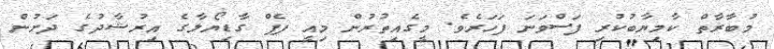
މުބާރާތް ކާމިޔާބުކުރި ފަސްވަނަ ފަހަރެވެ. މީގެއިތުރުން މިއީ ޕެޕް ގާޑިޔޯލާގެ އިރުޝާދުގެ ދަށުން